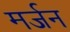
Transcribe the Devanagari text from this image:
मर्जन